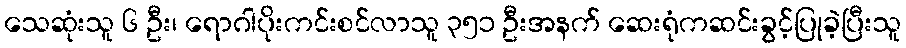
သေဆုံးသူ ၆ ဦး၊ ရောဂါပိုးကင်းစင်လာသူ ၃၅၁ ဦးအနက် ဆေးရုံကဆင်းခွင့်ပြုခဲ့ပြီးသူ